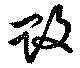
敗